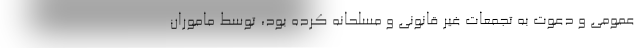
عمومی و دعوت به تجمعات غیر قانونی و مسلحانه کرده بود، توسط ماموران